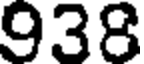
938